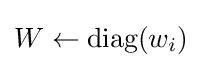
W\gets {\text{diag}}(w_{i})